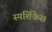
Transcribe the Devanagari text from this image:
स्पर्शिकेस